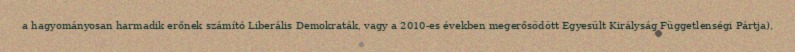
a hagyományosan harmadik erőnek számító Liberális Demokraták, vagy a 2010-es években megerősödött Egyesült Királyság Függetlenségi Pártja).